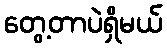
တွေ့တာပဲရှိမယ်